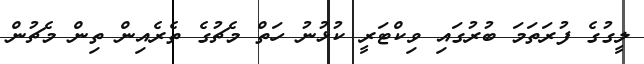
ލީގުގެ ފުރަތަމަ ބުރުގައި ވިކްޓަރީ ކުޅުނު ހަތް މެޗުގެ ތެރެއިން ތިން މެޗުން